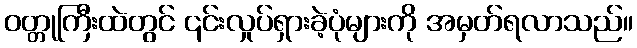
ဝတ္တုကြီးထဲတွင် ၎င်းလှုပ်ရှားခဲ့ပုံများကို အမှတ်ရလာသည်။